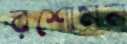
রশোমন